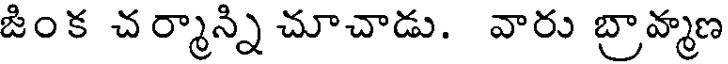
జింక చర్మాన్ని చూచాడు. వారు బ్రావ్మాణ